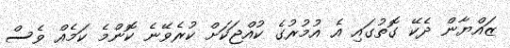
ޒައްޔާން ދެކޭ ގޮތުގައި އެ އުމުރުގެ ކުއްޖަކަށް ކުރެވޭނެ ކޮންމެ ކަމެއް ވެސް